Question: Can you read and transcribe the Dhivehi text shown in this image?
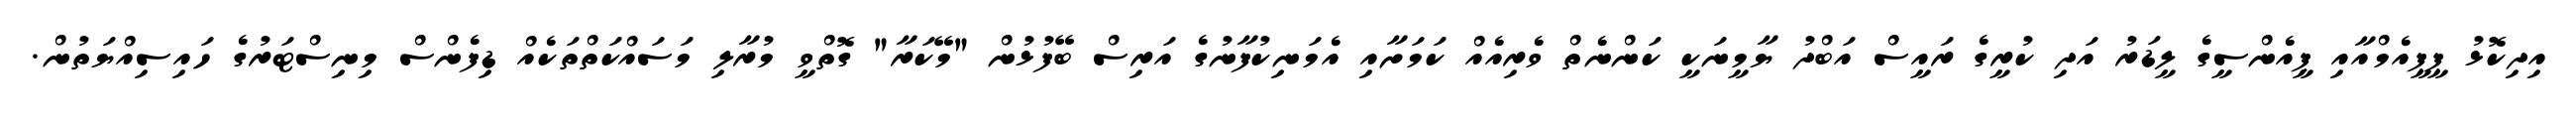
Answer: އިދިކޮޅު ޕީޕީއެމްއާއި ޕީއެންސީގެ ލީޑަރު އަދި ކުރީގެ ރައީސް އަބްދު ޔާމީނަކީ ކަންނެތް ވެރިއެއް ކަމަށާއި އެމަނިކުފާނުގެ އަރިސް ބޭފުޅުން "މޭކަރާ" ގޮތްވީ މުރާލި މަސައްކަތްތަކެއް ޑިފެންސް މިނިސްޓަރުގެ ހައިސިއްޔަތުން.